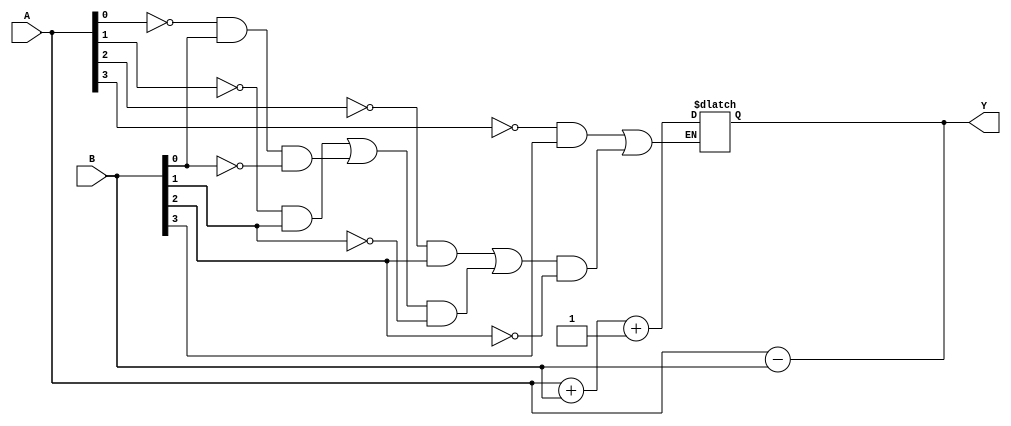
module behavioral_subtractor(
  input wire [3:0] A,
  input wire [3:0] B,
  output reg [3:0] Y
);

reg [3:0] borrow;

assign Y = A - B;

always @* begin
  borrow[0] = ~A[0] & B[0];
  borrow[1] = (~A[1] & B[1]) | (borrow[0] & ~B[0]);
  borrow[2] = (~A[2] & B[2]) | (borrow[1] & ~B[1]);
  borrow[3] = (~A[3] & B[3]) | (borrow[2] & ~B[2]);
  
  if (borrow[3] == 1) begin
    Y = A + B + 1;
  end
end

endmodule